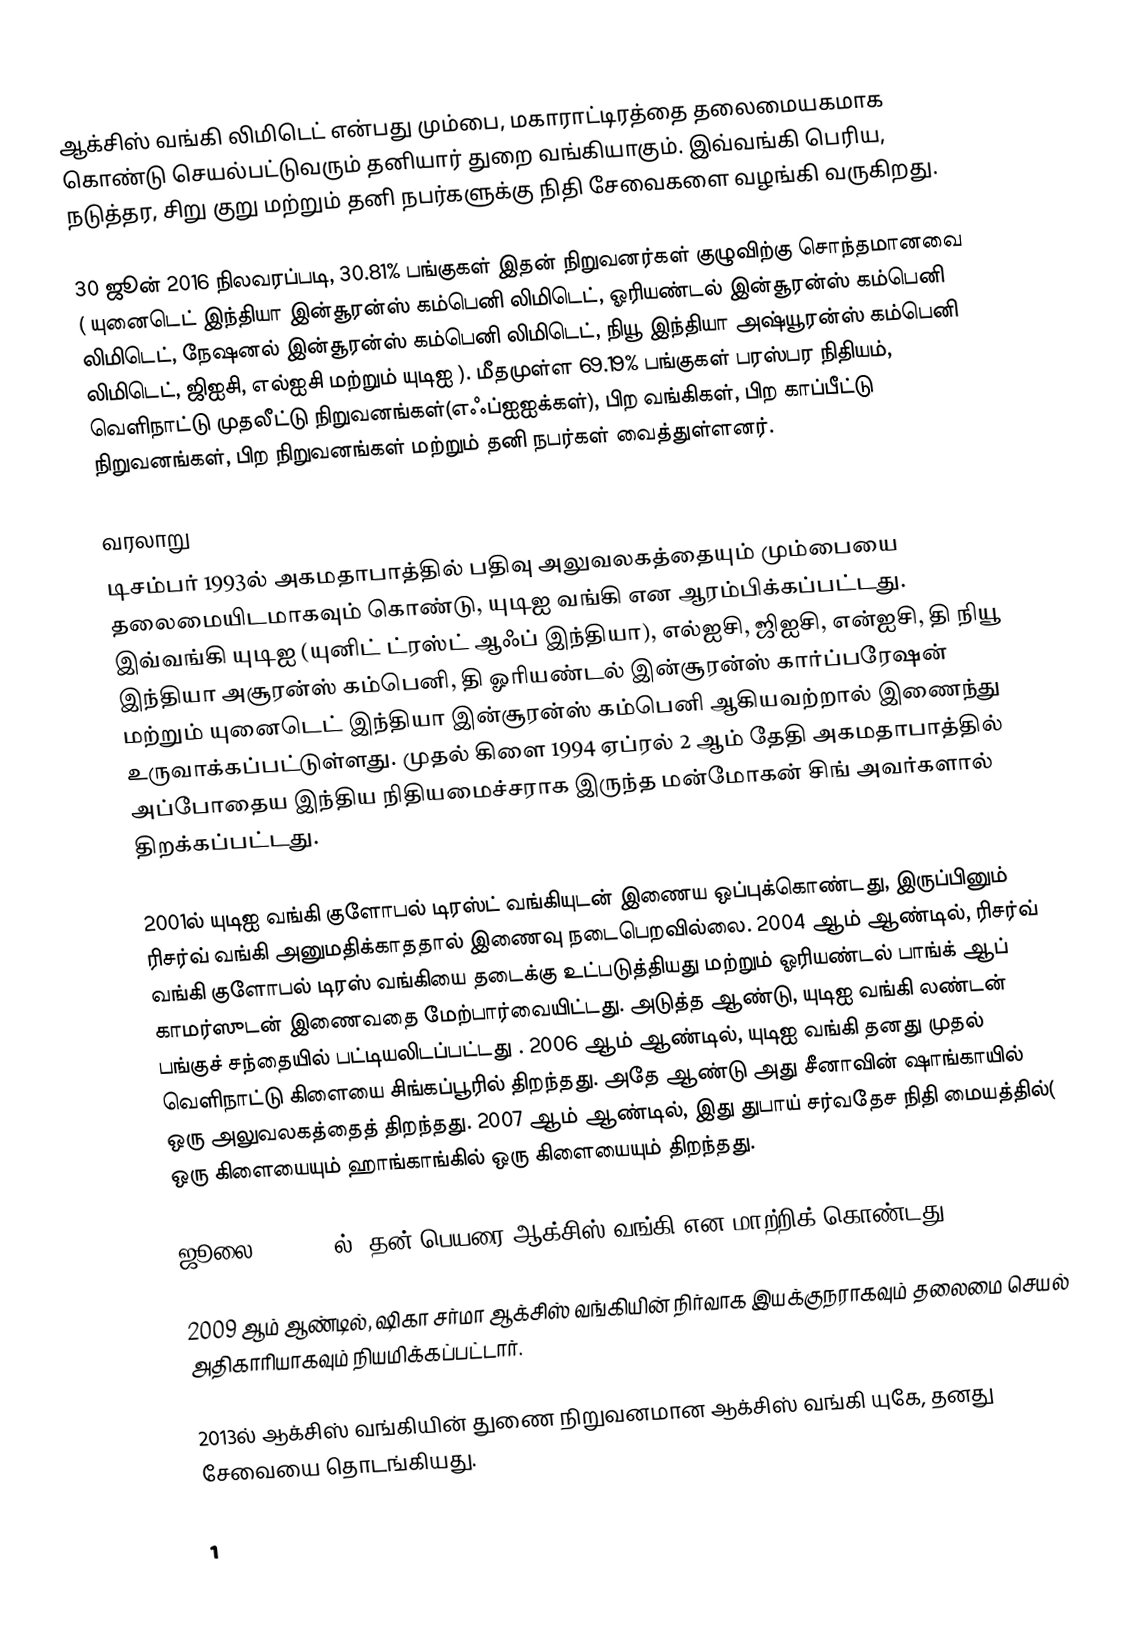
ஆக்சிஸ் வங்கி லிமிடெட் என்பது மும்பை, மகாராட்டிரத்தை தலைமையகமாக கொண்டு செயல்பட்டுவரும் தனியார் துறை வங்கியாகும். இவ்வங்கி பெரிய, நடுத்தர, சிறு குறு மற்றும் தனி நபர்களுக்கு நிதி சேவைகளை வழங்கி வருகிறது.

30 ஜூன் 2016 நிலவரப்படி, 30.81% பங்குகள் இதன் நிறுவனர்கள் குழுவிற்கு சொந்தமானவை ( யுனைடெட் இந்தியா இன்சூரன்ஸ் கம்பெனி லிமிடெட், ஓரியண்டல் இன்சூரன்ஸ் கம்பெனி லிமிடெட், நேஷனல் இன்சூரன்ஸ் கம்பெனி லிமிடெட், நியூ இந்தியா அஷ்யூரன்ஸ் கம்பெனி லிமிடெட், ஜிஐசி, எல்ஐசி மற்றும் யுடிஐ ). மீதமுள்ள 69.19% பங்குகள் பரஸ்பர நிதியம், வெளிநாட்டு முதலீட்டு நிறுவனங்கள்(எஃப்ஐஐக்கள்), பிற வங்கிகள், பிற காப்பீட்டு நிறுவனங்கள், பிற நிறுவனங்கள் மற்றும் தனி நபர்கள் வைத்துள்ளனர்.

வரலாறு
டிசம்பர் 1993ல் அகமதாபாத்தில் பதிவு அலுவலகத்தையும் மும்பையை தலைமையிடமாகவும் கொண்டு, யுடிஐ வங்கி என ஆரம்பிக்கப்பட்டது. இவ்வங்கி யுடிஐ (யுனிட் ட்ரஸ்ட் ஆஃப் இந்தியா), எல்ஐசி, ஜிஐசி, என்ஐசி, தி நியூ இந்தியா அசூரன்ஸ் கம்பெனி, தி ஓரியண்டல் இன்சூரன்ஸ் கார்ப்பரேஷன் மற்றும் யுனைடெட் இந்தியா இன்சூரன்ஸ் கம்பெனி ஆகியவற்றால் இணைந்து உருவாக்கப்பட்டுள்ளது. முதல் கிளை 1994 ஏப்ரல் 2 ஆம் தேதி அகமதாபாத்தில் அப்போதைய இந்திய நிதியமைச்சராக இருந்த மன்மோகன் சிங் அவர்களால் திறக்கப்பட்டது.

2001ல் யுடிஐ வங்கி குளோபல் டிரஸ்ட் வங்கியுடன் இணைய ஒப்புக்கொண்டது, இருப்பினும் ரிசர்வ் வங்கி அனுமதிக்காததால் இணைவு நடைபெறவில்லை. 2004 ஆம் ஆண்டில், ரிசர்வ் வங்கி குளோபல் டிரஸ் வங்கியை தடைக்கு உட்படுத்தியது மற்றும் ஓரியண்டல் பாங்க் ஆப் காமர்ஸுடன் இணைவதை மேற்பார்வையிட்டது. அடுத்த ஆண்டு, யுடிஐ வங்கி லண்டன் பங்குச் சந்தையில் பட்டியலிடப்பட்டது . 2006 ஆம் ஆண்டில், யுடிஐ வங்கி தனது முதல் வெளிநாட்டு கிளையை சிங்கப்பூரில் திறந்தது. அதே ஆண்டு அது சீனாவின் ஷாங்காயில் ஒரு அலுவலகத்தைத் திறந்தது. 2007 ஆம் ஆண்டில், இது துபாய் சர்வதேச நிதி மையத்தில்( ஒரு கிளையையும் ஹாங்காங்கில் ஒரு கிளையையும் திறந்தது.

ஜூலை 30, 2007ல், தன் பெயரை ஆக்சிஸ் வங்கி என மாற்றிக் கொண்டது.

2009 ஆம் ஆண்டில், ஷிகா சர்மா ஆக்சிஸ் வங்கியின் நிர்வாக இயக்குநராகவும் தலைமை செயல் அதிகாரியாகவும் நியமிக்கப்பட்டார்.

2013ல் ஆக்சிஸ் வங்கியின் துணை நிறுவனமான ஆக்சிஸ் வங்கி யுகே, தனது சேவையை தொடங்கியது.

1